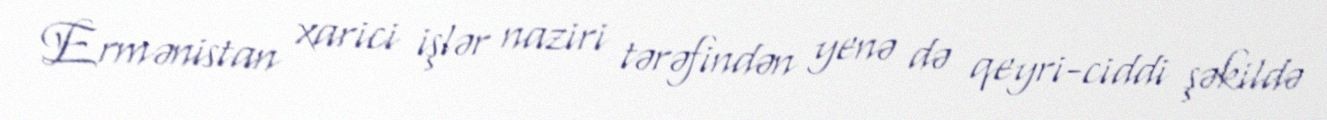
Ermənistan xarici işlər naziri tərəfindən yenə də qeyri-ciddi şəkildə